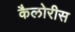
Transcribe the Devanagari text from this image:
कैलोरीस